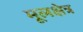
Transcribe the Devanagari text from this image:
मूलक्षेत्र